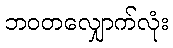
ဘဝတလျှောက်လုံး